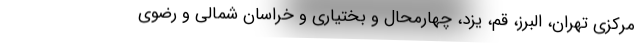
مرکزی تهران، البرز، قم، یزد، چهارمحال و بختیاری و خراسان شمالی و رضوی